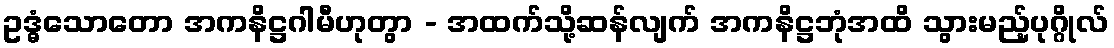
ဥဒ္ဓံသောတော အကနိဋ္ဌဂါမီဟုတွာ - အထက်သို့ဆန်လျက် အကနိဋ္ဌဘုံအထိ သွားမည့်ပုဂ္ဂိုလ်